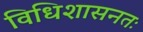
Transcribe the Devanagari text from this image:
विधिशासनतः